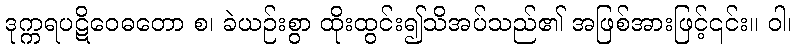
ဒုက္ကရပဋိဝေဓတော စ၊ ခဲယဉ်းစွာ ထိုးထွင်း၍သိအပ်သည်၏ အဖြစ်အားဖြင့်၎င်း။ ဝါ၊